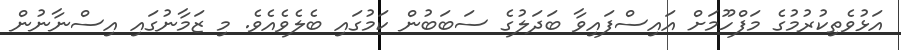
އަޅުވެތިކުރުމުގެ މަފްހޫމަށް އައިސްފައިވާ ބަދަލުގެ ސަބަބުން ކަމުގައި ބެލެވެއެވެ. މި ޒަމާނުގައި އިސްނާނުން